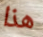
هذا